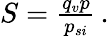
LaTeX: \begin{array}{r}{S=\frac{q_{v}p}{p_{si}}\, .}\end{array}